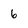
Character: 6